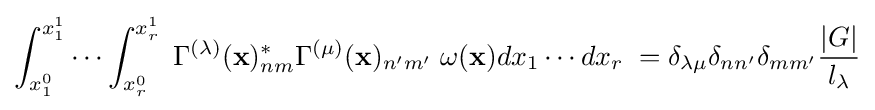
\int _{x_{1}^{0}}^{x_{1}^{1}}\cdots \int _{x_{r}^{0}}^{x_{r}^{1}}\;\Gamma ^{(\lambda )}(\mathbf {x} )_{nm}^{*}\Gamma ^{(\mu )}(\mathbf {x} )_{n'm'}\;\omega (\mathbf {x} )dx_{1}\cdots dx_{r}\;=\delta _{\lambda \mu }\delta _{nn'}\delta _{mm'}{\frac {|G|}{l_{\lambda }}}